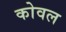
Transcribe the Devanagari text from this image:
कोवल